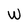
Character: w